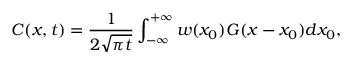
C ( x , t ) = \frac { 1 } { 2 \sqrt { \pi t } } \int _ { - \infty } ^ { + \infty } w ( x _ { 0 } ) G ( x - x _ { 0 } ) d x _ { 0 } ,